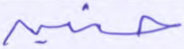
حنين